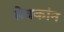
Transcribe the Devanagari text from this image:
सेवकांन